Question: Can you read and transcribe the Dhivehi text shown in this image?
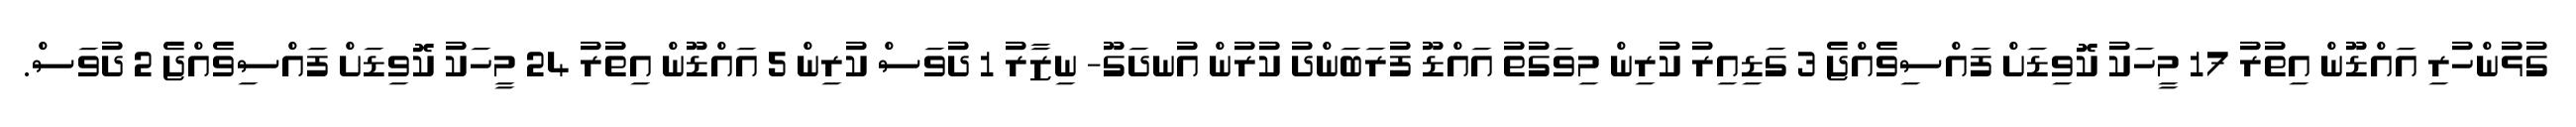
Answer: ގުޅުންހުރި އައްޑޫން އިތުރު 17 މީހަކު ކޮވިޑަށް ފައްސިވެއްޖެ 3 ގަޑިއިރު ކުރިން މިވަގުތު އައްޑޫ ފުރަބަންދު ކުރުން އުނދަގޫ- ނިޒާރު 1 ދުވަސް ކުރިން 5 އައްޑޫން އިތުރު 24 މީހަކު ކޮވިޑަށް ފައްސިވެއްޖެ 2 ދުވަސް.